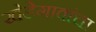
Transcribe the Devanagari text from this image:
खेडेगावांचा